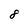
Character: 8